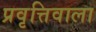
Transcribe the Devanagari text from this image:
प्रवृत्तिवाला